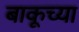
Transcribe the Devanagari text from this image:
बाकूच्या